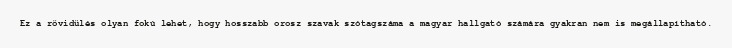
Ez a rövidülés olyan fokú lehet, hogy hosszabb orosz szavak szótagszáma a magyar hallgató számára gyakran nem is megállapítható.